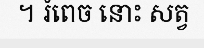
។ រំពេច នោះ សត្វ